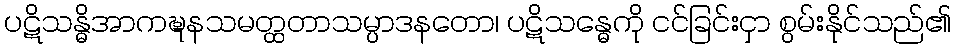
ပဋိသန္ဓိအာကဍ္ဎနသမတ္ထတာသမ္ပာဒနတော၊ ပဋိသန္ဓေကို ငင်ခြင်းငှာ စွမ်းနိုင်သည်၏